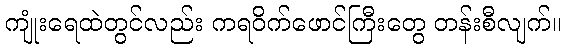
ကျုံးရေထဲတွင်လည်း ကရဝိက်ဖောင်ကြီးတွေ တန်းစီလျက်။